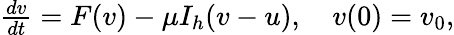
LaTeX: \begin{array}{r}{\frac{dv}{dt}=F(v)-\mu I_{h}(v-u),\quad v(0)=v_{0},}\end{array}